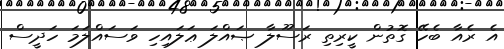
އެ ރެއާ ބެހޭ ގޮތުން ކީރިތި ރަސޫލާ ޞައްލަ ޢަލައިހި ވަސައްލަމަ ހަދީސް